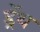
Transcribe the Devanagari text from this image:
ड्रेंथ